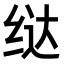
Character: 𫄤